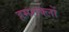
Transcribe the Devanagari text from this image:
हमशक्लों